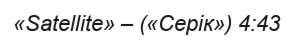
«Satellite» – («Серік») 4:43